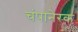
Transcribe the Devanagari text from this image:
चंपानेरक